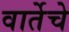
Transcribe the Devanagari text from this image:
वार्तेचे